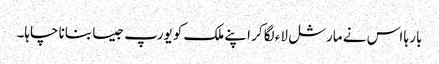
بار ہا اس نے مارشل لاء لگا کر اپنے ملک کو یورپ جیسا بنانا چاہا۔